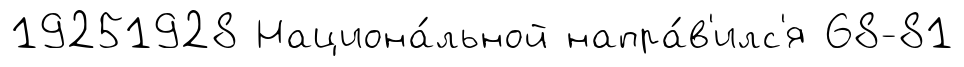
19251928 Национа́льной напра́в'илс'я 68-81